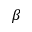
\beta